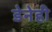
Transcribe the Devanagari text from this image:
डेनेही